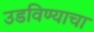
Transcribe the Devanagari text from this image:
उडविण्याचा